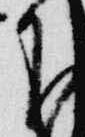
下